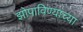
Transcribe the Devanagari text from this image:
झोपाविण्याच्या